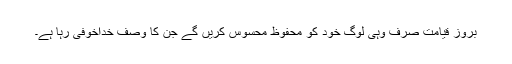
بروز قیامت صرف وہی لوگ خود کو محفوظ محسوس کریں گے جن کا وصف خداخوفی رہا ہے۔